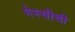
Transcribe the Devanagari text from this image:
मेस्सीची